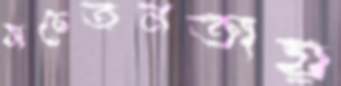
সচেতনতায়